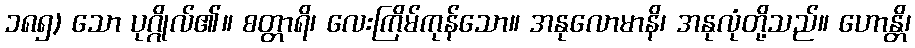
၁၈၅) သော ပုဂ္ဂိုလ်၏။ စတ္တာရိ၊ လေးကြိမ်ကုန်သော။ အနုလောမာနိ၊ အနုလုံတို့သည်။ ဟောန္တိ၊